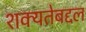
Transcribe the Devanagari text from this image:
शक्यतेबद्दल